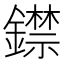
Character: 𨭺